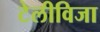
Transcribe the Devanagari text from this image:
टेलीविजा